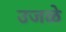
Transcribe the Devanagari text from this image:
उजळे